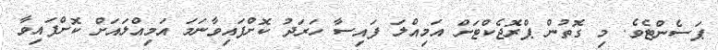
ޕަސެންޓެވެ. މި ގޮތުން ޕްރޮޖެކްޓަށް އަމިއްލަ ފައިސާ ހަރަދު ކޮށްފައިވާނަމަ އަމިއްލައަށް ކޮށްފައިވާ